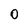
Character: 0